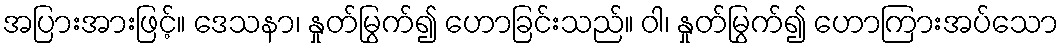
အပြားအားဖြင့်။ ဒေသနာ၊ နှုတ်မြွက်၍ ဟောခြင်းသည်။ ဝါ၊ နှုတ်မြွက်၍ ဟောကြားအပ်သော